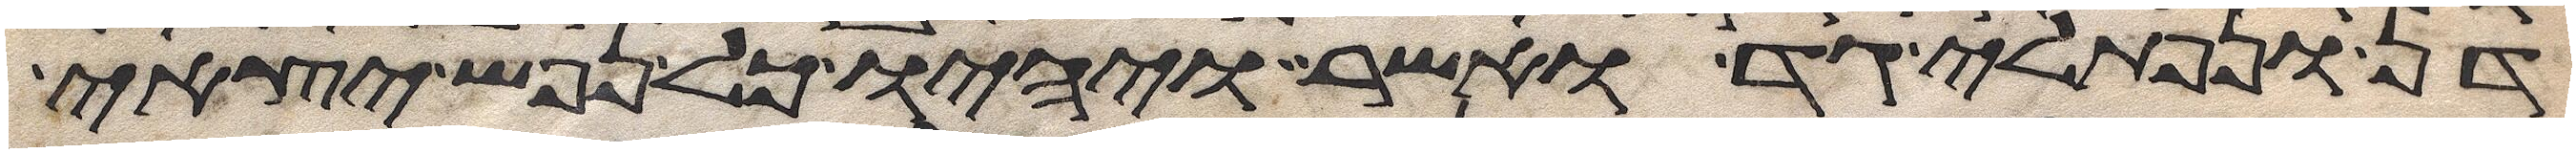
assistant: דן ונפתלי גד ואשר ויהיו כל נפש יצאי